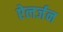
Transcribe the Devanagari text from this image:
ऐलर्जन